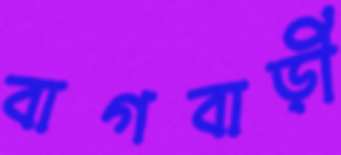
বাগবাড়ী